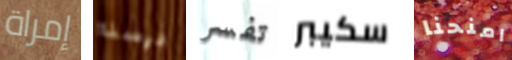
إمراة درسنا تفسر سكيبر امنحنا